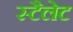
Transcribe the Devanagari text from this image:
स्टैलेट